Report of an investigation into the causes of malaria in Bombay and the measures necessary for its control
Disease focus: Malaria
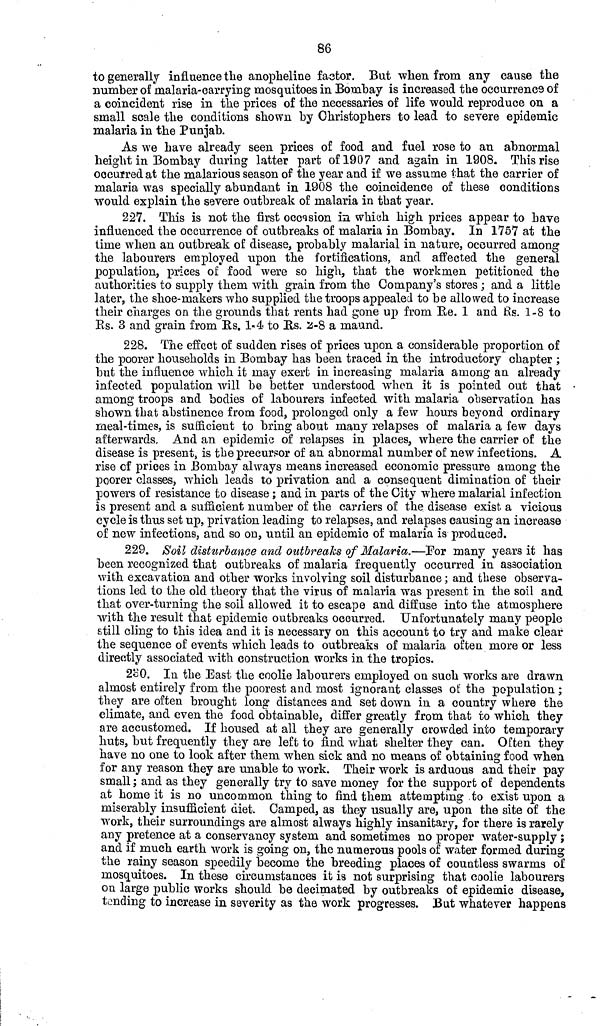
86
to generally influence the anopheline factor. But when from any cause the
number of malaria-carrying mosquitoes in Bombay is increased the occurrence of
a coincident rise in the prices of the necessaries of life would reproduce on a
small scale the conditions shown by Christophers to lead to severe epidemic
malaria in the Punjab.
As we have already seen prices of food and fuel rose to an abnormal
height in Bombay during latter part of 1907 and again in 1908. This rise
occurred at the malarious season of the year and if we assume that the carrier of
malaria was specially abundant in 1908 the coincidence of these conditions
would explain the severe outbreak of malaria in that year.
227. This is not the first occasion in which high prices appear to have
influenced the occurrence of outbreaks of malaria in Bombay. In 1757 at the
time when an outbreak of disease, probably malarial in nature, occurred among
the labourers employed upon the fortifications, and affected the general
population, prices of food were so high, that the workmen petitioned the
authorities to supply them with grain from the Company's stores ; and a little
later, the shoe-makers who supplied the troops appealed to be allowed to increase
their charges on the grounds that rents had gone up from Re. 1 and Rs. 1-8 to
Es. 3 and grain from Rs. 1-4 to Rs. 2-8 a maund.
228. The effect of sudden rises of prices upon a considerable proportion of
the poorer households in Bombay has been traced in the introductory chapter ;
but the influence which it may exert in increasing malaria among an already
infected population will be better understood when it is pointed out that
among troops and bodies of labourers infected with malaria observation has
shown that abstinence from food, prolonged only a few hours beyond ordinary
meal-times, is sufficient to bring about many relapses of malaria a few days
afterwards. And an epidemic of relapses in places, where the carrier of the
disease is present, is the precursor of an abnormal number of new infections. A
rise of prices in Bombay always means increased economic pressure among the
poorer classes, which leads to privation and a consequent dimination of their
powers of resistance to disease ; and in parts of the City where malarial infection
is present and a sufficient number of the carriers of the disease exist a vicious
cycle is thus set up, privation leading to relapses, and relapses causing an increase
of new infections, and so on, until an epidemic of malaria is produced.
229. Soil disturbance and outbreaks of Malaria.—For many years it has
been recognized that outbreaks of malaria frequently occurred in association
with excavation and other works involving soil disturbance ; and these observa-
tions led to the old theory that the virus of malaria was present in the soil and
that over-turning the soil allowed it to escape and diffuse into the atmosphere
with the result that epidemic outbreaks occurred. Unfortunately many people
still cling to this idea and it is necessary on this account to try and make clear
the sequence of events which leads to outbreaks of malaria often more or less
directly associated with construction works in the tropics.
230. In the East the coolie labourers employed on such works are drawn
almost entirely from the poorest and most ignorant classes of the population ;
they are often brought long distances and set down in a country where the
climate, and even the food obtainable, differ greatly from that to which they
are accustomed. If housed at all they are generally crowded into temporary
huts, but frequently they are left to find what shelter they can. Often they
have no one to look after them when sick and no means of obtaining food when
for any reason they are unable to work. Their work is arduous and their pay
small ; and as they generally try to save money for the support of dependents
at home it is no uncommon thing to find them attempting to exist upon a
miserably insufficient diet. Camped, as they usually are, upon the site of the
work, their surroundings are almost always highly insanitary, for there is rarely
any pretence at a conservancy system and sometimes no proper water-supply ;
and if much earth work is going on, the numerous pools of water formed during
the rainy season speedily become the breeding places of countless swarms of
mosquitoes. In these circumstances it is not surprising that coolie labourers
ou large public works should be decimated by outbreaks of epidemic disease,
tending to increase in severity as the work progresses. But whatever happens